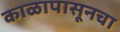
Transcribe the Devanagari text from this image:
काळापासूनचा